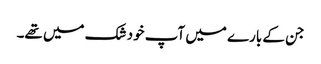
جن کے بارے میں آپ خود شک میں تھے۔